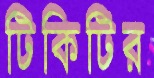
টিকিটির